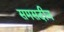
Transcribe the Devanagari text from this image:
समसदीन